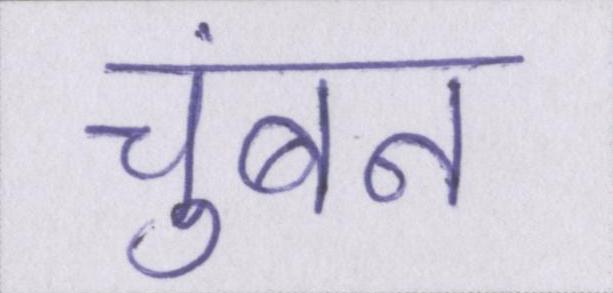
चुंबन